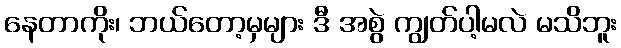
နေတာကိုး၊ ဘယ်တော့မှများ ဒီ အစွဲ ကျွတ်ပါ့မလဲ မသိဘူး